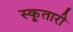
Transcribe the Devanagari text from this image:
स्कूतारी